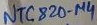
Text: ntc820-µ4